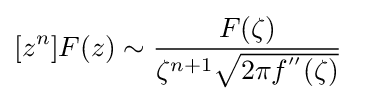
[z^{n}]F(z)\sim {\frac {F(\zeta )}{\zeta ^{n+1}{\sqrt {2\pi f^{''}(\zeta )}}}}\quad